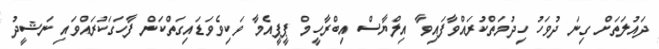
ދައުލަތަށް ގިނަ ދުވަހު ހިދުމަތްކުރައްވާފައިވާ އިލްޔާސް އިބްރާހީމް ޕީޕީއެމާ ވަކިވެވަޑައިގަތްކަން ފާހަގަކުރައްވައި ނަޝީދު